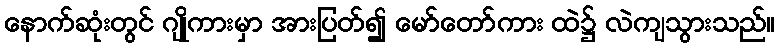
နောက်ဆုံးတွင် ဂျိုကားမှာ အားပြတ်၍ မော်တော်ကား ထဲ၌ လဲကျသွားသည်။